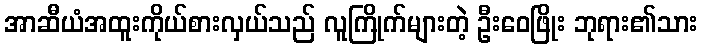
အာဆီယံအထူးကိုယ်စားလှယ်သည် လူကြိုက်များတဲ့ ဦးဝေဖြိုး ဘုရား၏သား